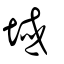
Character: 域